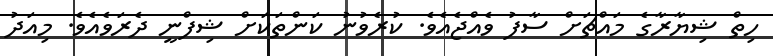
ހިތް ޝިޔާރާގެ މައްޗަށް ސާފު ވެއްޖެއެވެ. ކުރެވުނު ކަންތަކަށް ޝިފްނީ ދެރަވެއެވެ. މިއަދު